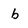
Character: b